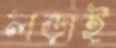
লড়াই